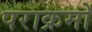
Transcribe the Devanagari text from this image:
पराक्रमों